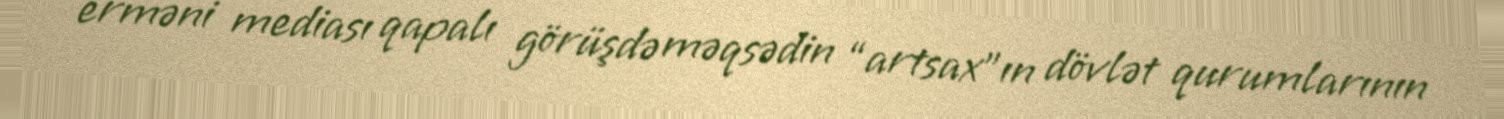
erməni mediası qapalı görüşdə məqsədin “artsax”ın dövlət qurumlarının